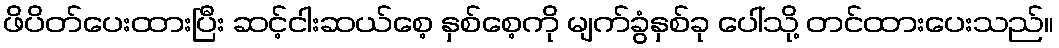
ဖိပိတ်ပေးထားပြီး ဆင့်ငါးဆယ်စေ့ နှစ်စေ့ကို မျက်ခွံနှစ်ခု ပေါ်သို့ တင်ထားပေးသည်။